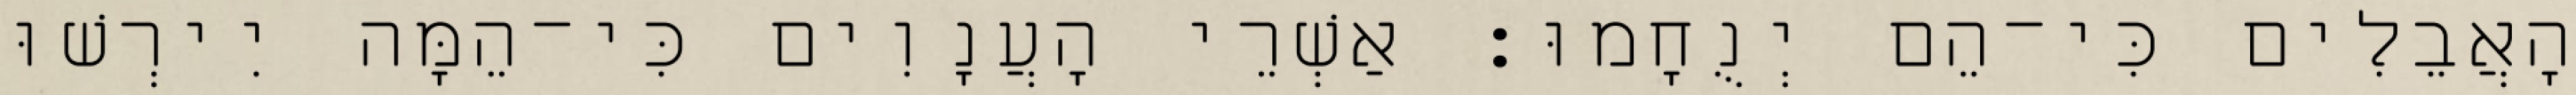
הָאֲבֵלִים כִּי־הֵם יְנֻחָמוּ׃ אַשְׁרֵי הָעֲנָוִים כִּי־הֵמָּה יִירְשׁוּ